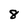
Character: 8